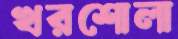
খরশোলা